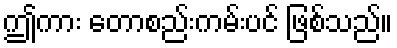
ဤကား တောစည်းကမ်းပင် ဖြစ်သည်။